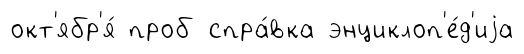
окт'ябр'я́ проб спра́вка энциклоп'е́д'иjа